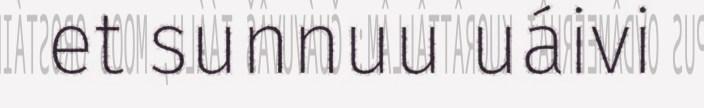
et sunnuu uáivi